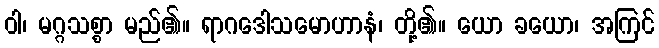
ဝါ၊ မဂ္ဂသစ္စာ မည်၏။ ရာဂဒေါသမောဟာနံ၊ တို့၏။ ယော ခယော၊ အကြင်